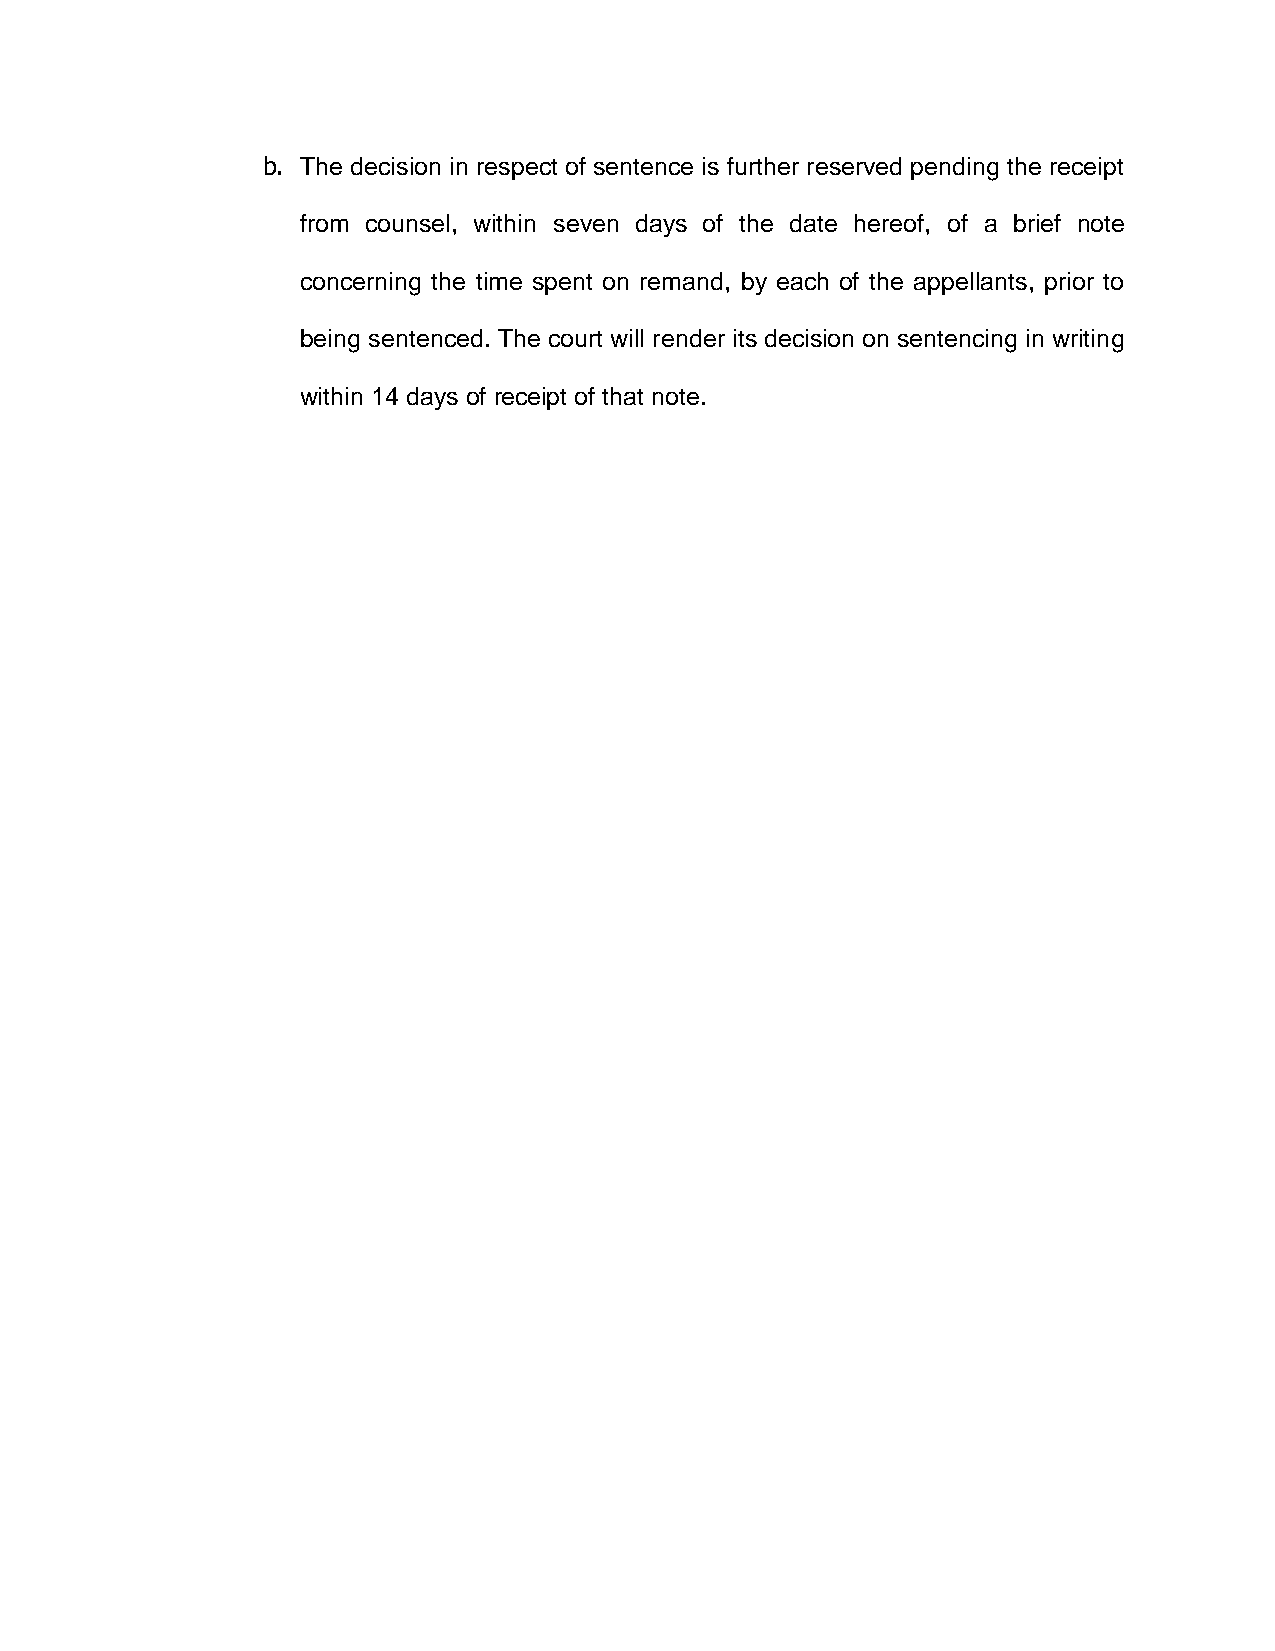
b. The decision in respect of sentence is further reserved pending the receipt
 from counsel, within seven days of the date hereof, of a brief note
 concerning the time spent on remand, by each of the appellants, prior to
 being sentenced. The court will render its decision on sentencing in writing
 within 14 days of receipt of that note.